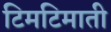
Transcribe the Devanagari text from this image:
टिमटिमाती